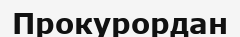
Прокурордан